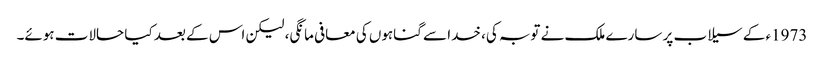
1973ء کے سیلاب پر سارے ملک نے توبہ کی، خدا سے گناہوں کی معافی مانگی، لیکن اس کے بعد کیا حالات ہوئے۔